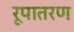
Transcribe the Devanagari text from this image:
रूपातरण